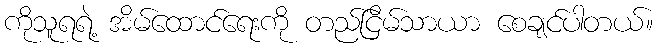
ကိုသူရရဲ့ အိမ်ထောင်ရေးကို တည်ငြိမ်သာယာ စေချင်ပါတယ်။